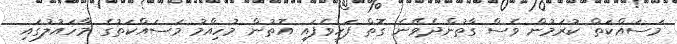
މަސައްކަތް ކުރަމުން ވެސް ގާތުންދެވޭނެ ގޮތް ފަހިވެފައި އޮތުން މުހިއްމު މަސައްކަތުގެ މާހައުލުގައި